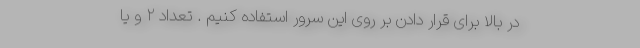
در بالا برای قرار دادن بر روی این سرور استفاده کنیم . تعداد ۲ و یا